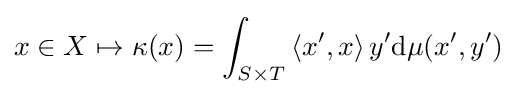
x\in X\mapsto \kappa (x)=\int _{S\times T}\left\langle x',x\right\rangle y'\mathrm {d} \mu \!\left(x',y'\right)